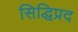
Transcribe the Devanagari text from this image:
सिद्धिप्रद